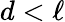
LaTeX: d<\ell